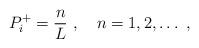
LaTeX: \begin{align*}P^+_i = \frac{n}{L} \ ,\quad n=1,2,\dots\ ,\end{align*}